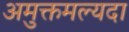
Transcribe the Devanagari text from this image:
अमुक्तमल्यदा